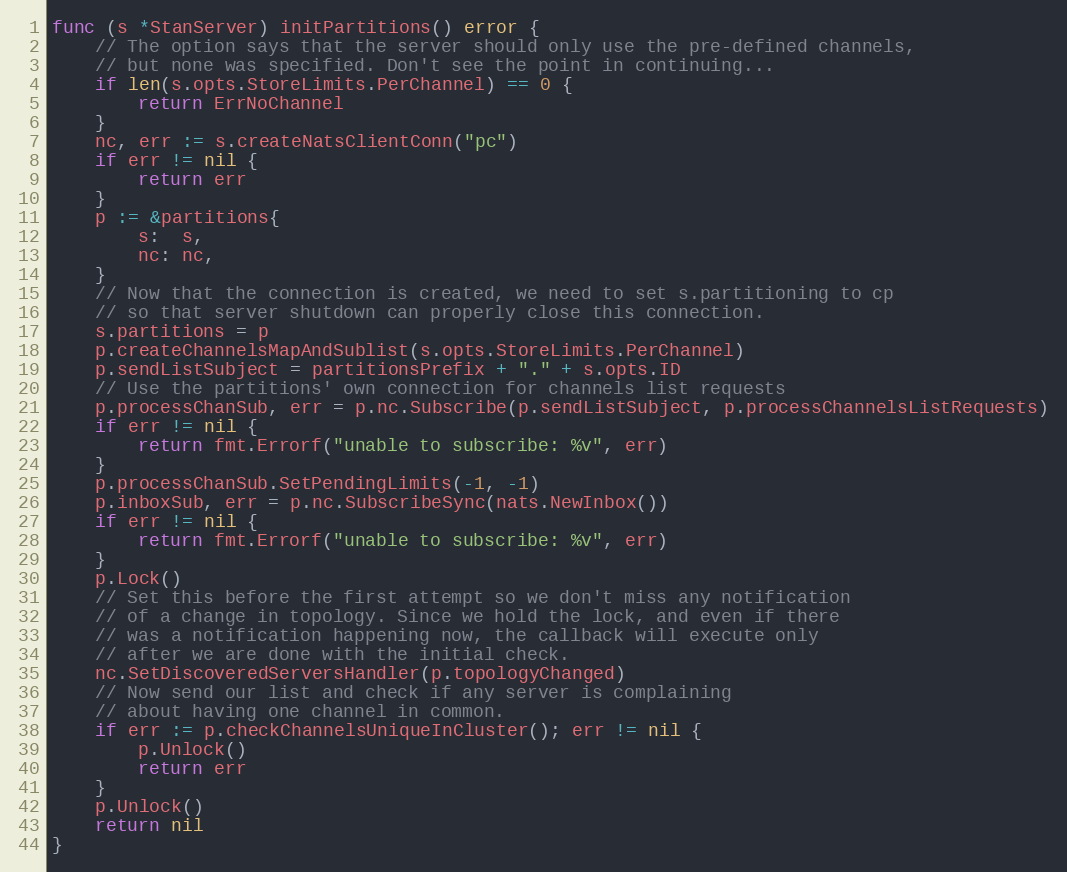
Language: Go
func (s *StanServer) initPartitions() error {
	// The option says that the server should only use the pre-defined channels,
	// but none was specified. Don't see the point in continuing...
	if len(s.opts.StoreLimits.PerChannel) == 0 {
		return ErrNoChannel
	}
	nc, err := s.createNatsClientConn("pc")
	if err != nil {
		return err
	}
	p := &partitions{
		s:  s,
		nc: nc,
	}
	// Now that the connection is created, we need to set s.partitioning to cp
	// so that server shutdown can properly close this connection.
	s.partitions = p
	p.createChannelsMapAndSublist(s.opts.StoreLimits.PerChannel)
	p.sendListSubject = partitionsPrefix + "." + s.opts.ID
	// Use the partitions' own connection for channels list requests
	p.processChanSub, err = p.nc.Subscribe(p.sendListSubject, p.processChannelsListRequests)
	if err != nil {
		return fmt.Errorf("unable to subscribe: %v", err)
	}
	p.processChanSub.SetPendingLimits(-1, -1)
	p.inboxSub, err = p.nc.SubscribeSync(nats.NewInbox())
	if err != nil {
		return fmt.Errorf("unable to subscribe: %v", err)
	}
	p.Lock()
	// Set this before the first attempt so we don't miss any notification
	// of a change in topology. Since we hold the lock, and even if there
	// was a notification happening now, the callback will execute only
	// after we are done with the initial check.
	nc.SetDiscoveredServersHandler(p.topologyChanged)
	// Now send our list and check if any server is complaining
	// about having one channel in common.
	if err := p.checkChannelsUniqueInCluster(); err != nil {
		p.Unlock()
		return err
	}
	p.Unlock()
	return nil
}